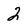
Character: 2